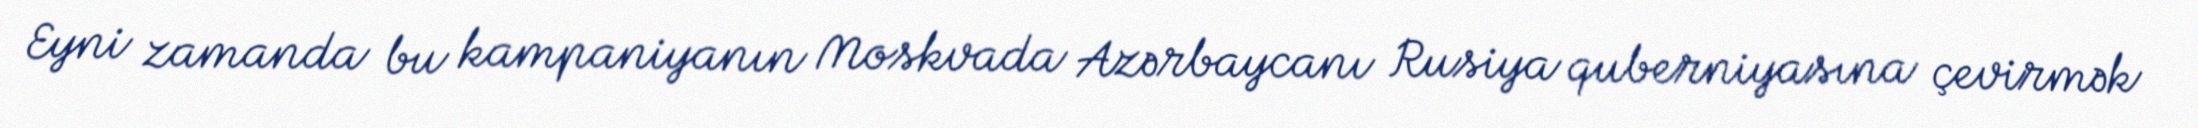
Eyni zamanda bu kampaniyanın Moskvada Azərbaycanı Rusiya quberniyasına çevirmək